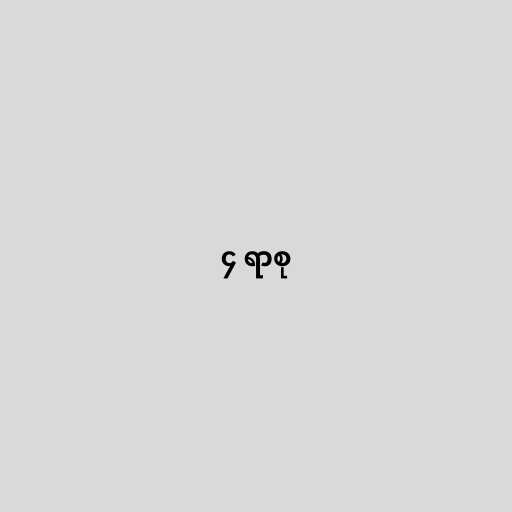
၄ ရာစု